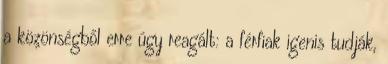
a közönségből erre úgy reagált: a férfiak igenis tudják,